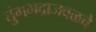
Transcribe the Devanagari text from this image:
तुंगभद्राजवळचे